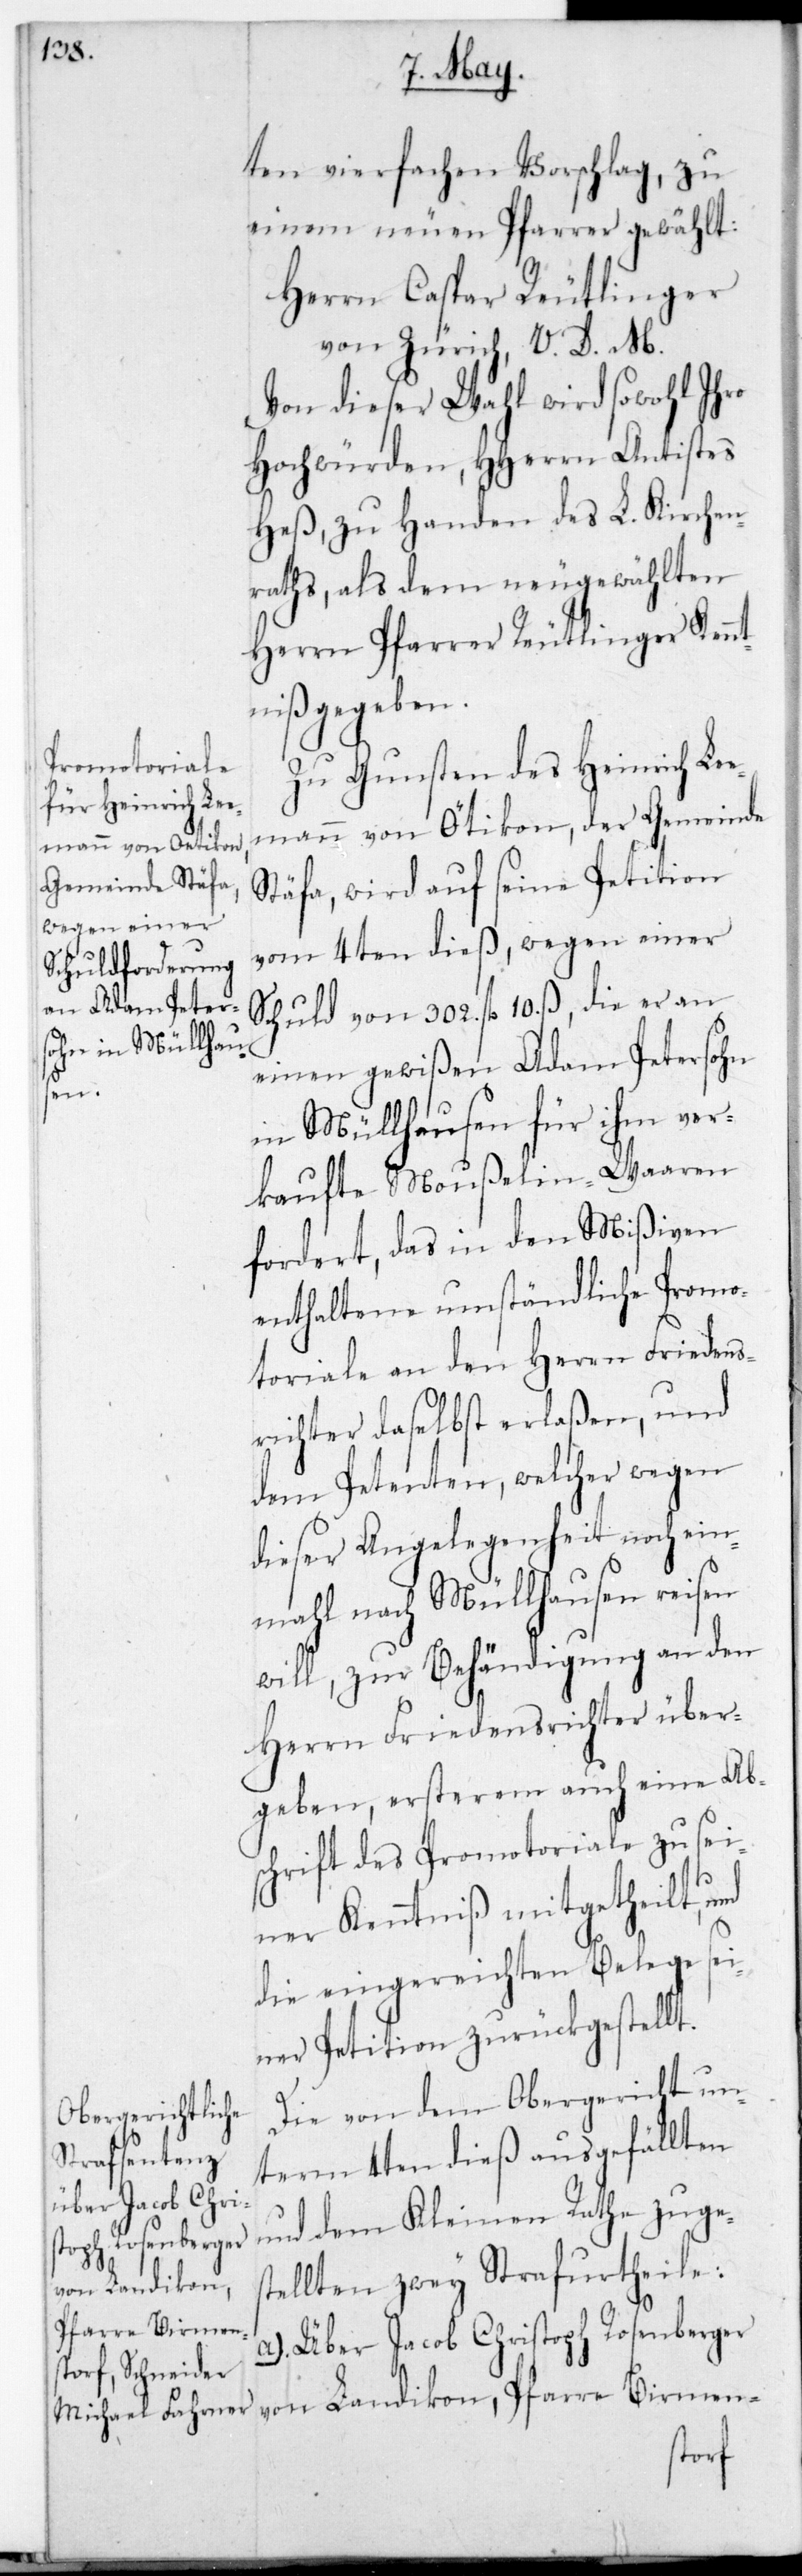
ten vierfachen Vorschlag, zu
einem neuen Pfarrer gewählt:
Herrn Caspar Reutlinger
von Zürich, V. D. M.
Von dieser Wahl wird sowohl Ihro
Hochwürden, HHerrn Antistes
Heß, zu Handen des L. Kirchen¬
raths, als dem neugewählten
Herrn Pfarrer Reutlinger Kennt¬
niß gegeben.
Zu Gunsten des Heinrich Lee¬
mann von Oetikon, der Gemeinde
Stäfa, wird auf seine Petition
vom 4ten dieß, wegen einer
Schuld von 302. fl. 10. ß, die er an
einen gewißen Adam Petersohn
in Müllhausen für ihm ver¬
kaufte Moußelin-Waren
fordert, das in den Mißiven
enthaltene umständliche Promo¬
toriale an den Herrn Friedens¬
richter daselbst erlaßen, und
dem Petenten, welcher wegen
dieser Angelegenheit noch ein¬
mahl nach Müllhausen reisen
will, zur Behändigung an den
Herrn Friedensrichter über¬
geben, ersterem auch eine Ab¬
schrift des Promotoriale zu sei¬
ner Kenntniß mitgetheilt,
die eingereichten Belege sei¬
ner Petition zurückgestellt.
Die von dem Obergericht un¬
term 4ten dieß ausgefällten
und dem Kleinen Rathe zuges¬
tellten zwey Strafurtheile:
von Landikon,
Pfarre Birmen-
a. Über Jacob Christoph Rosenberger